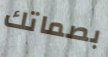
بصماتك